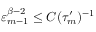
\varepsilon _ { m - 1 } ^ { \beta - 2 } \leq C ( \tau _ { m } ^ { \prime } ) ^ { - 1 }